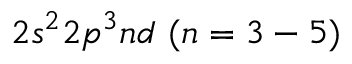
{ { 2 s ^ { 2 } 2 p ^ { 3 } n d ~ ( n = 3 - 5 ) } }